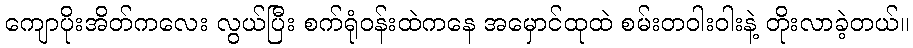
ကျောပိုးအိတ်ကလေး လွယ်ပြီး စက်ရုံဝန်းထဲကနေ အမှောင်ထုထဲ စမ်းတဝါးဝါးနဲ့ တိုးလာခဲ့တယ်။